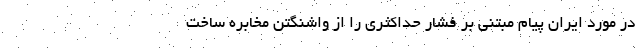
در مورد ایران پیام مبتنی بر فشار حداکثری را از واشنگتن مخابره ساخت